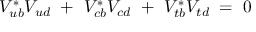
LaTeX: V _ { u b } ^ { * } V _ { u d } ~ + ~ V _ { c b } ^ { * } V _ { c d } ~ + ~ V _ { t b } ^ { * } V _ { t d } \; = \; 0